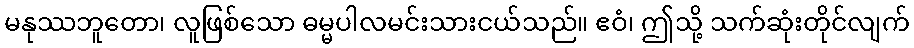
မနုဿဘူတော၊ လူဖြစ်သော ဓမ္မပါလမင်းသားငယ်သည်။ ဧဝံ၊ ဤသို့ သက်ဆုံးတိုင်လျက်